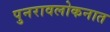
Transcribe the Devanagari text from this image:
पुनरावलोकनात